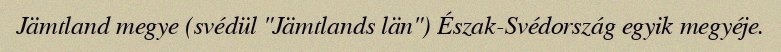
Jämtland megye (svédül "Jämtlands län") Észak-Svédország egyik megyéje.